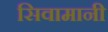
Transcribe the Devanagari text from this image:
सिवामानी